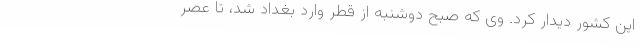
این کشور دیدار کرد. وی که صبح دوشنبه از قطر وارد بغداد شد، تا عصر